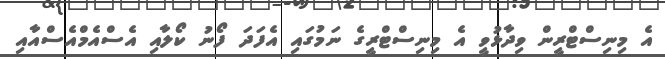
އެ މިނިސްޓްރީން ވިދާޅުވީ އެ މިނިސްޓްރީގެ ނަމުގައި އެފަދަ ފޯނު ކޯލާއި އެސްއެމްއެސްއާއި